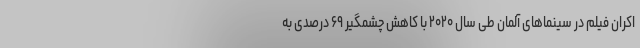
اکران فیلم در سینماهای آلمان طی سال ۲۰۲۰ با کاهش چشمگیر ۶۹ درصدی به